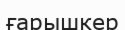
ғарышкер